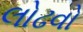
લોઢવો